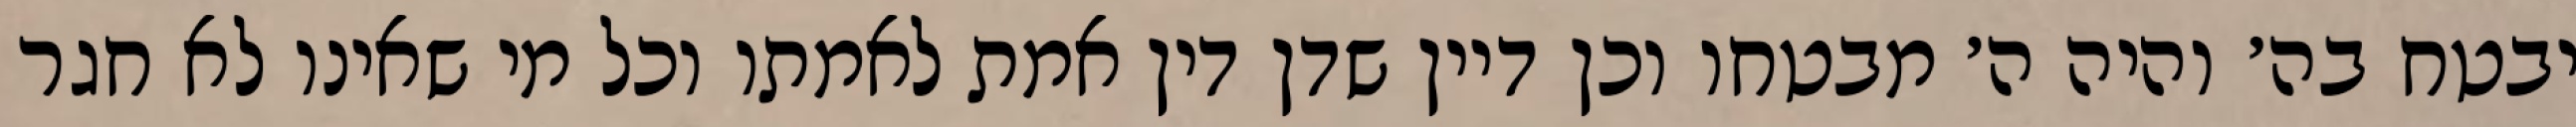
יבטח בה׳ והיה ה׳ מבטחו וכן דיין שדן דין אמת לאמתו וכל מי שאינו לא חגר